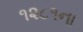
૧૨૮૧ના